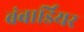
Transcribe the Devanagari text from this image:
बंबार्डियर